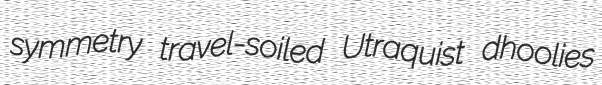
symmetry travel-soiled Utraquist dhoolies